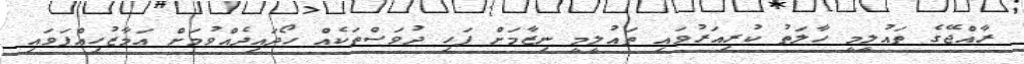
ރާއްޖޭގެ ތައުލީމީ ހާލަތު ކުރިއަރުވައި ތައުލީމީ ނިޒާމަށް ފަހި ދުވަސްތަކެއް ހޯދައިދެއްވުމަށް އަމާޒުހިއްޕަވައި